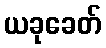
ယခုခေတ်